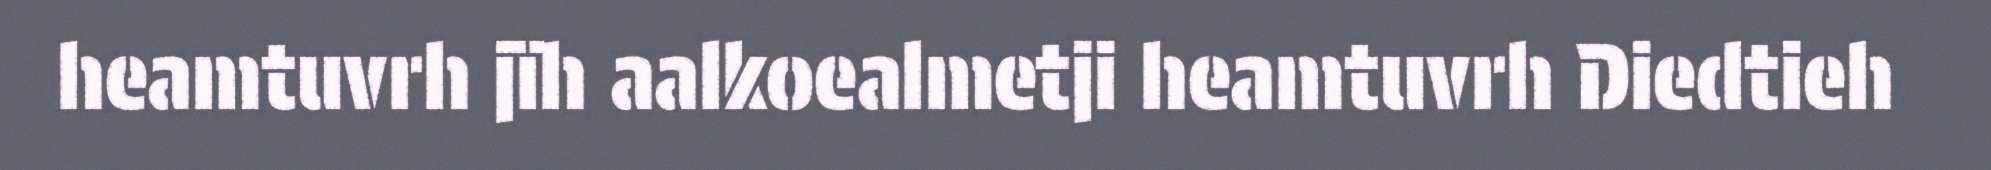
heamtuvrh jïh aalkoealmetji heamtuvrh Diedtieh